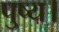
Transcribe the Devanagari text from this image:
पुष्य।